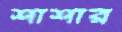
শাশার